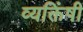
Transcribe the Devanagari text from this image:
व्यक्तिंषी